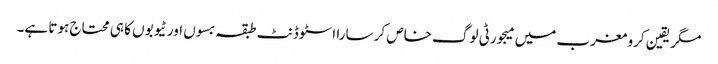
مگر یقین کرو مغرب میں میجورٹی لوگ خاص کر سارا اسٹوڈنٹ طبقہ بسوں اور ٹیوبوں کا ہی محتاج ہوتا ہے۔